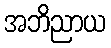
အဘိညာယ